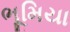
ભૂમિયા